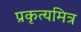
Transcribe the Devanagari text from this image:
प्रकृत्यमित्र